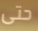
حتى